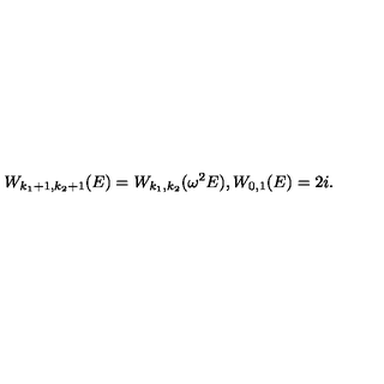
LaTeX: W _ { k _ { 1 } + 1 , k _ { 2 } + 1 } ( E ) = W _ { k _ { 1 } , k _ { 2 } } ( \omega ^ { 2 } E ) , W _ { 0 , 1 } ( E ) = 2 i .